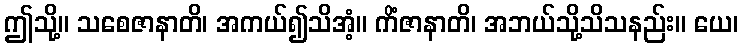
ဤသို့။ သစေဇာနာတိ၊ အကယ်၍သိအံ့။ ကိံဇာနာတိ၊ အဘယ်သို့သိသနည်း။ ယေ၊